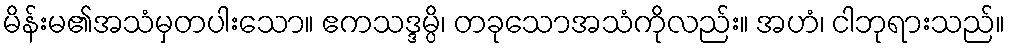
မိန်းမ၏အသံမှတပါးသော။ ဧကသဒ္ဒမ္ပိ၊ တခုသောအသံကိုလည်း။ အဟံ၊ ငါဘုရားသည်။